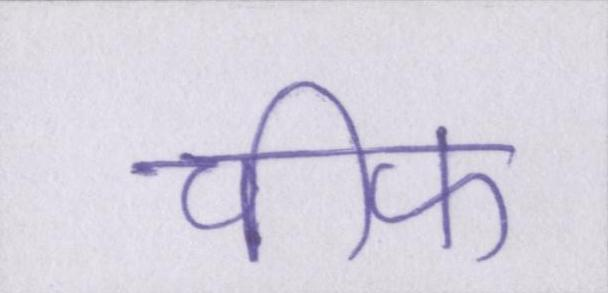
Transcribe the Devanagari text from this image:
चीफ